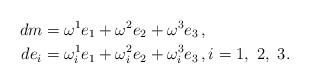
LaTeX: \begin{align*} dm&=\omega^1e_1+\omega^2e_2+\omega^3e_3\,,\\ de_i&=\omega^1_ie_1+\omega^2_ie_2+\omega^3_ie_3\,,i=1,\ 2,\ 3. \end{align*}